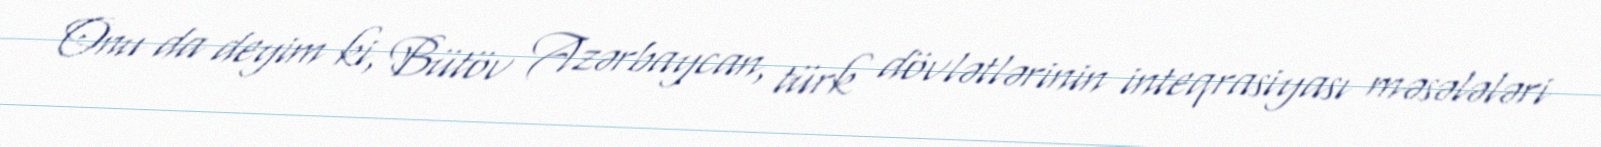
Onu da deyim ki, Bütöv Azərbaycan, türk dövlətlərinin inteqrasiyası məsələləri